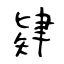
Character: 肄